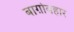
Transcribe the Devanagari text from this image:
बाग़ोबहार